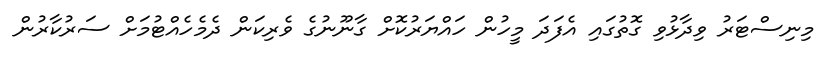
މިނިސްޓަރު ވިދާޅުވި ގޮތުގައި އެފަދަ މީހުން ހައްޔަރުކޮށް ގާނޫނުގެ ވެރިކަން ދެމެހެއްޓުމަށް ސަރުކާރުން